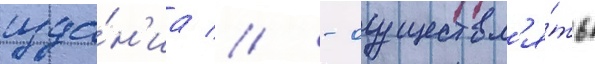
изда́н'иа // - осуществл'я́ть